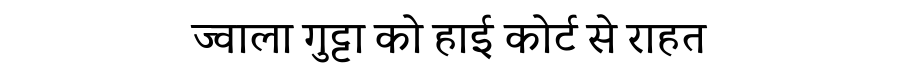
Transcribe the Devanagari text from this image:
ज्वाला गुट्टा को हाई कोर्ट से राहत